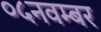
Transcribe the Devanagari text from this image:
०५नवम्बर